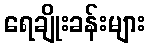
ရေချိုးခန်းများ